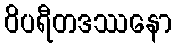
ဝိပရီတဒဿနော